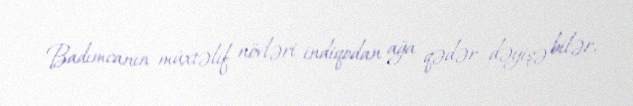
Badımcanın müxtəlif növləri indiqodan ağa qədər dəyişə bilər.